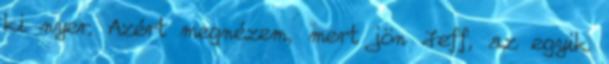
ki nyer. Azért megnézem, mert jön Jeff, az egyik